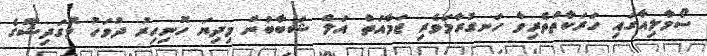
ސޯމާލިއާގައި ހަރަކާތްތެރިވާ ހަނގުރާމަވެރި ޖަމާއަތް އަލް ޝަބާބުން މިދިޔަ ހޮނިހިރު ދުވަހު މޮގަދިޝޫގެ